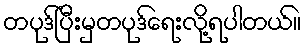
တပုဒ်ပြီးမှတပုဒ်ရေးလို့ရပါတယ်။